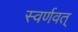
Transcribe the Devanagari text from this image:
स्वर्णवत्